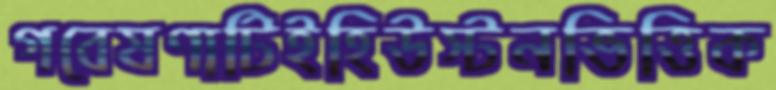
গবেষণাটিইহিউস্টনভিত্তিক